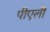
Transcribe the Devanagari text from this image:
पीएली